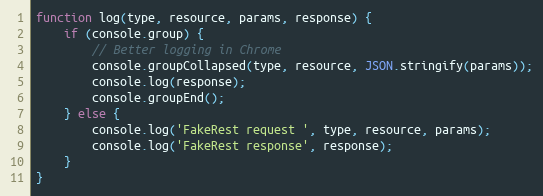
Language: JavaScript
function log(type, resource, params, response) {
    if (console.group) {
        // Better logging in Chrome
        console.groupCollapsed(type, resource, JSON.stringify(params));
        console.log(response);
        console.groupEnd();
    } else {
        console.log('FakeRest request ', type, resource, params);
        console.log('FakeRest response', response);
    }
}